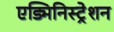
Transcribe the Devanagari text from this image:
एड्मिनिस्ट्रेशन